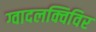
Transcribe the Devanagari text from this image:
ग्वादलक्विविर